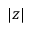
| z |